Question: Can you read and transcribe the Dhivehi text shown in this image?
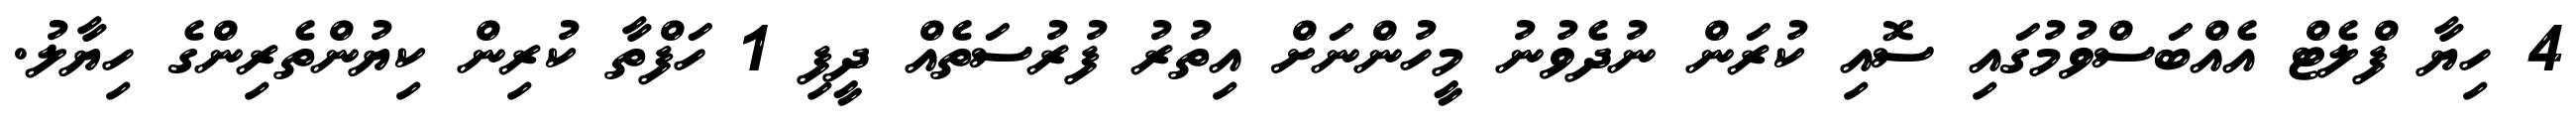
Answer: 4 ހިޔާ ފްލެޓް އެއްބަސްވުމުގައި ސޮއި ކުރަން ނުދެވުނު މީހުންނަށް އިތުރު ފުރުސަތެއް ދީފި 1 ހަފްތާ ކުރިން ކިޔުންތެރިންގެ ހިޔާލު.